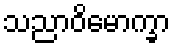
သညာဝိမောက္ခာ